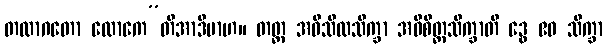
တထာဂတော လောကေ”တိအာဒိမာဟ။ တတ္ထ အဓိသီလသိက္ခာ အဓိစိတ္တသိက္ခာတိ ဒွေ ဧဝ သိက္ခာ